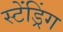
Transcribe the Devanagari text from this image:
स्टेंड्रिंग